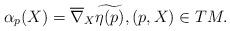
LaTeX: \begin{align*}\alpha_p(X) = \overline{\nabla}_X \widetilde{\eta(p)}, (p, X) \in TM.\end{align*}